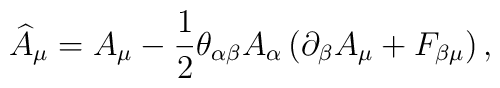
\widehat{A}_\mu=A_\mu-\frac 12 \theta_{\alpha\beta}A_\alpha\left(\partial_\beta A_\mu +F_{\beta\mu}\right) ,